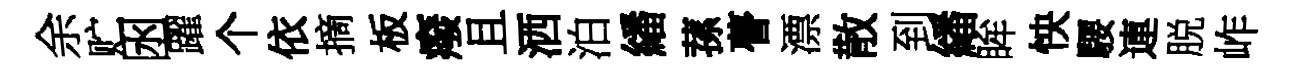
余贮囦躍个依摘板癈且洒泊繙蓀瞢漂散到繙眸怏騕連脱岞